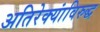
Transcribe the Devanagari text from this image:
अतिरेक्यांविरुद्ध